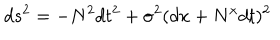
d s ^ { 2 } = - N ^ { 2 } d t ^ { 2 } + \sigma ^ { 2 } ( d x + N ^ { x } d t ) ^ { 2 }